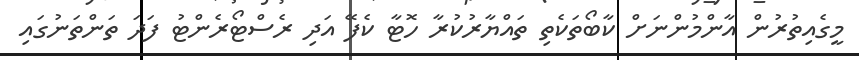
މީގެއިތުރުން އާންމުންނަށް ކާބޯތަކެތި ތައްޔާރުކުރާ ހޮޓާ ކެފޭ އަދި ރެސްޓޯރެންޓު ފަދަ ތަންތަނުގައި